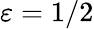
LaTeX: \varepsilon=1/2